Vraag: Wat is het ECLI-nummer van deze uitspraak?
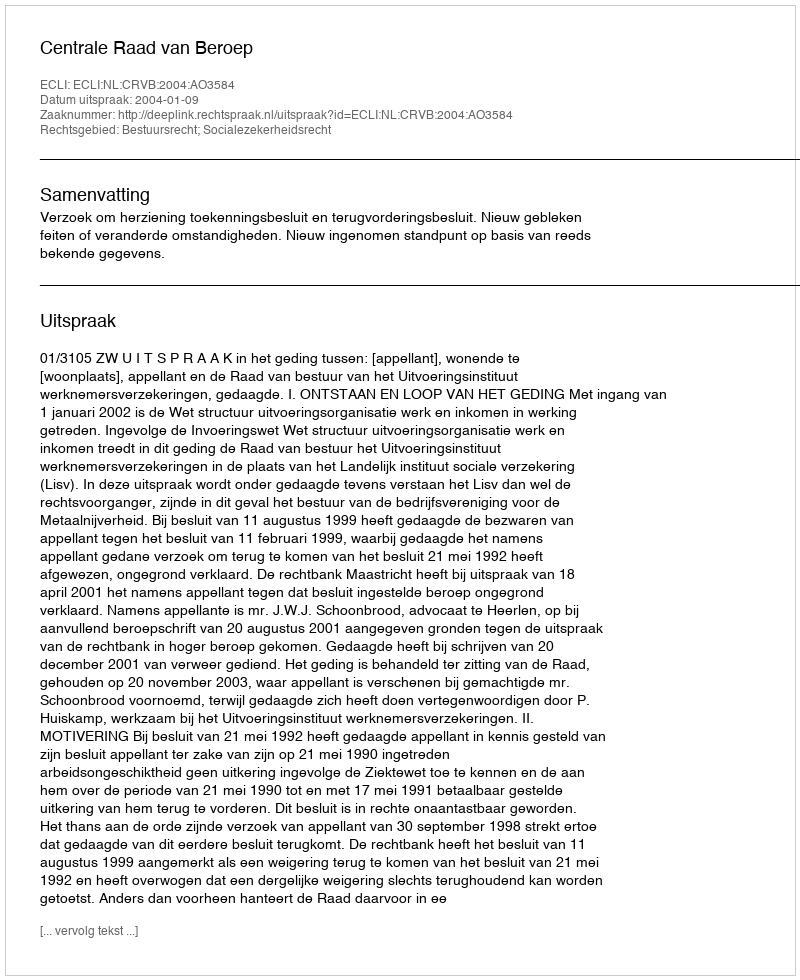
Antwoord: ECLI:NL:CRVB:2004:AO3584